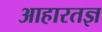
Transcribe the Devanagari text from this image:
आहारतज्ञ